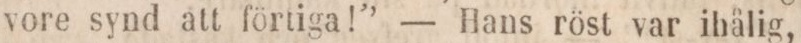
vore synd att förtiga!” — Hans röst var ihålig,